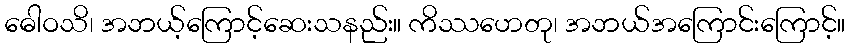
ဓေါဝသိ၊ အဘယ့်ကြောင့်ဆေးသနည်း။ ကိဿဟေတု၊ အဘယ်အကြောင်းကြောင့်။